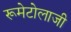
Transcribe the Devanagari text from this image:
रूमेटोलाजी